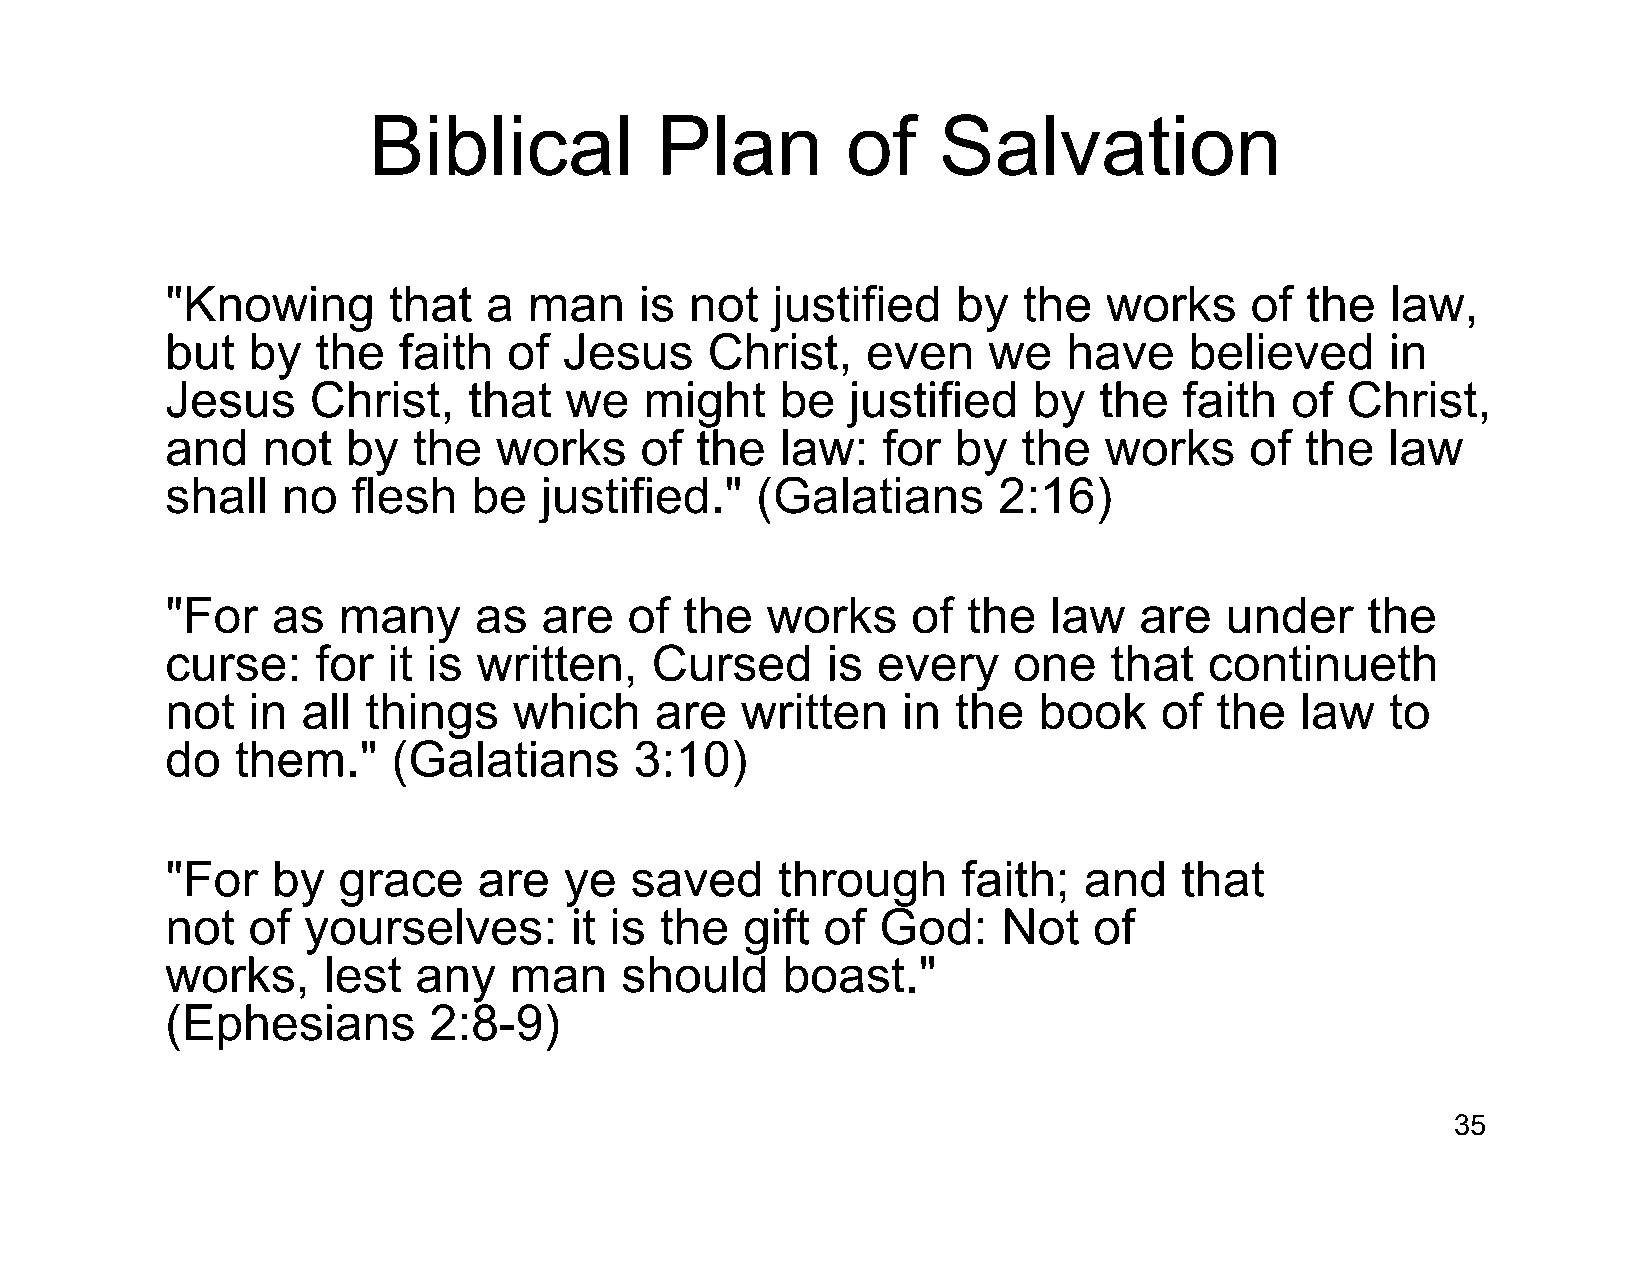
Biblical           Plan         of    Salvation
 "Knowing       that  a  man    is  not  justified   by   the  works     of the   law,
 but  by   the  faith   of Jesus     Christ,   even    we    have    believed     in
 Jesus    Christ,    that  we    might    be  justified   by   the  faith  of  Christ,
 and   not   by  the   works    of  the   law:  for  by   the  works     of the   law
 shall   no  flesh   be   justified."   (Galatians      2:16)
 "For   as  many     as   are   of the   works    of  the   law  are   under    the
 curse:    for  it is written,   Cursed      is every    one   that   continueth
 not  in  all things    which    are   written    in the   book    of the   law   to
 do   them."    (Galatians      3:10)
 "For   by  grace     are  ye   saved    through      faith;  and   that
 not  of  yourselves:       it is the  gift  of God:    Not   of
 works,    lest  any    man    should     boast."
 (Ephesians       2:8-9)
 35